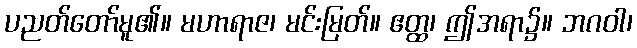
ပညတ်တော်မူ၏။ မဟာရာဇ၊ မင်းမြတ်။ ဧတ္ထ၊ ဤအရာ၌။ ဘဂဝါ၊